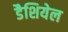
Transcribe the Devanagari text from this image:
डैशियेल